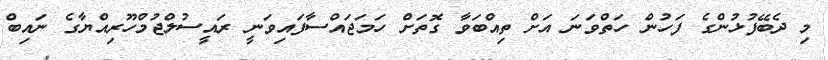
މި ދެބޭފުޅުންގެ ފަހުން ހަތްވަނަ އަށް ތިއްބަވާ ގޮތަށް ހަމަޖައްސާފައިވަނީ ރައީސުލްޖުމްހޫރިއްޔާގެ ނައިބް